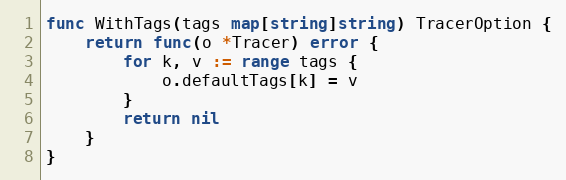
Language: Go
func WithTags(tags map[string]string) TracerOption {
	return func(o *Tracer) error {
		for k, v := range tags {
			o.defaultTags[k] = v
		}
		return nil
	}
}